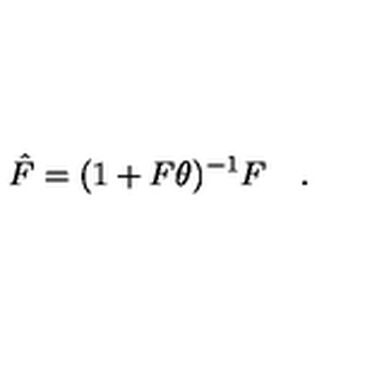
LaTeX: \hat { F } = ( 1 + F \theta ) ^ { - 1 } F \quad .